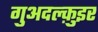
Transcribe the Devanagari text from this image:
गुअदल्क़ुइर